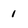
Character: 1